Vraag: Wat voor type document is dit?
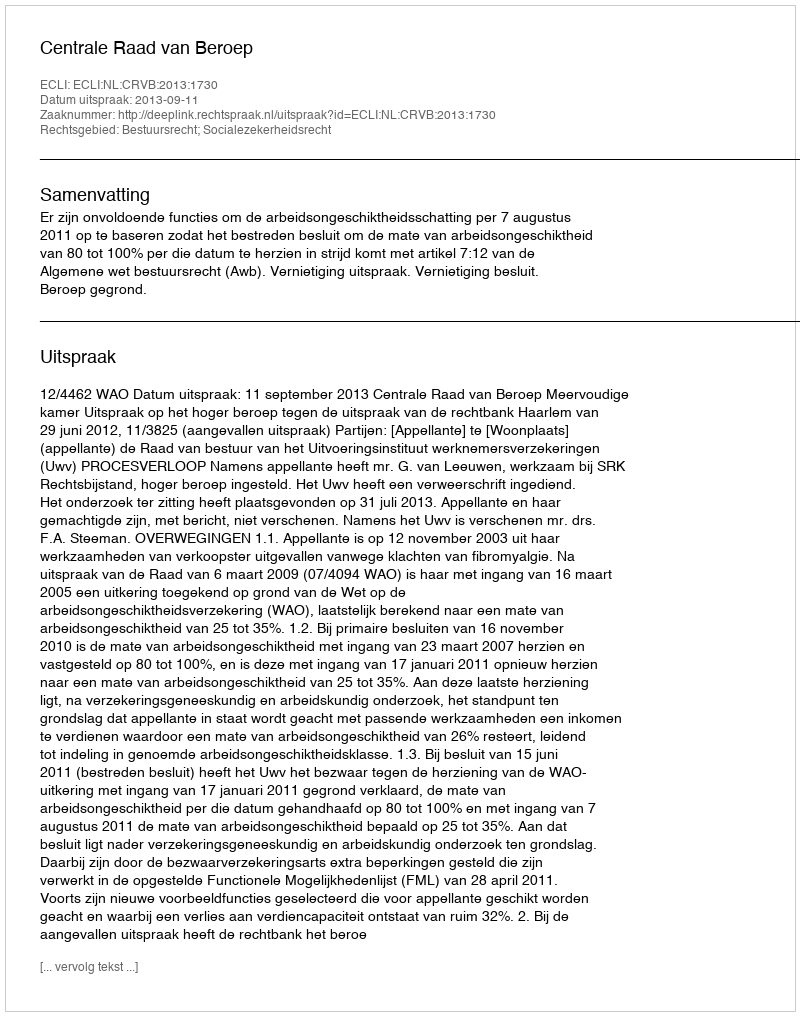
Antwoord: Uitspraak